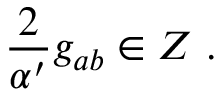
{ \frac { 2 } { \alpha ^ { \prime } } } g _ { a b } \in Z \ .